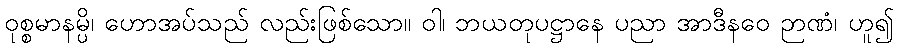
ဝုစ္စမာနမ္ပိ၊ ဟောအပ်သည် လည်းဖြစ်သော။ ဝါ၊ ဘယတုပဋ္ဌာနေ ပညာ အာဒီနဝေ ဉာဏံ၊ ဟူ၍